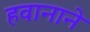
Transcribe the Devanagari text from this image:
हवानाने